Physiological action of certain drugs in tablet form - Number 52A
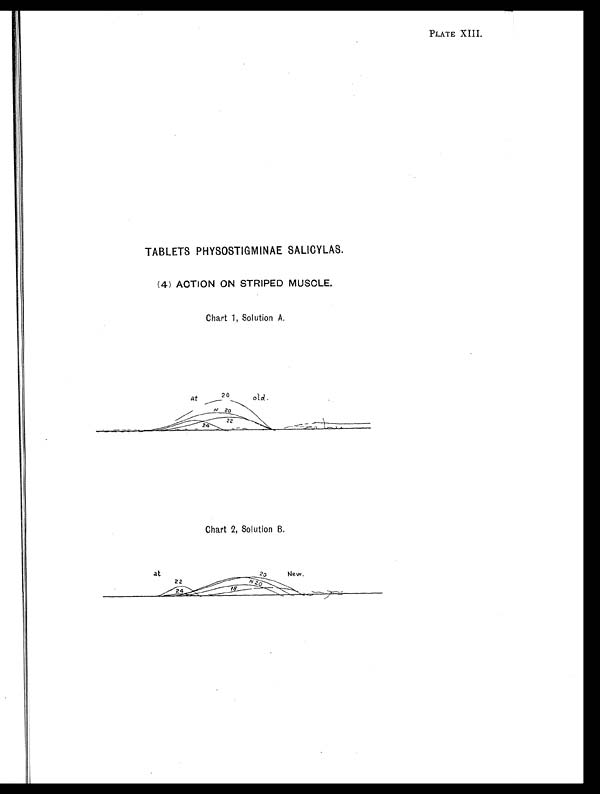
PLATE XIII.
TABLETS PHYSOSTIGMINAE SALICYLAS.
(4) ACTION ON STRIPED MUSCLE.
Chart 1, Solution A.
Chart 2, Solution B.